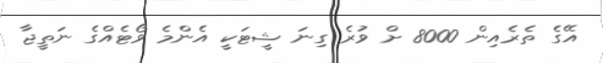
އޭގެ ތެރެއިން 8000 ށް ވުރެ ގިނަ ޝީޓަކީ އެންމެ ވޯޓެއްގެ ނަތީޖާ